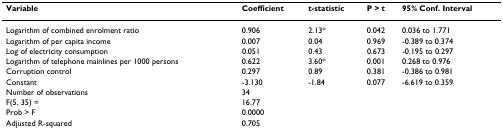
| Variable | Coefficient | t-statistic | P > t | 95% Conf. Interval |
 | --- | --- | --- | --- | --- |
 | Logarithm of combined enrolment ratio | 0.906 | 2.13* | 0.042 | 0.036 to 1.771 |
 | Logarithm of per capita income | 0.007 | 0.04 | 0.969 | -0.389 to 0.374 |
 | Log of electricity consumption | 0.051 | 0.43 | 0.673 | -0.195 to 0.297 |
 | Logarithm of telephone mainlines per 1000 persons | 0.622 | 3.60* | 0.001 | 0.268 to 0.976 |
 | Corruption control | 0.297 | 0.89 | 0.381 | -0.386 to 0.981 |
 | Constant | -3.130 | -1.84 | 0.077 | -6.619 to 0.359 |
 | Number of observations | <COLSPAN=4> 34 |
 | F(5, 35) = | <COLSPAN=4> 16.77 |
 | Prob > F | <COLSPAN=4> 0.0000 |
 | Adjusted R-squared | <COLSPAN=4> 0.705 |